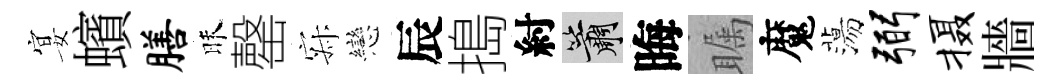
宴蠙膳昧罄寂戀辰搗紂簫晦瞩魔蕩弼摄牆